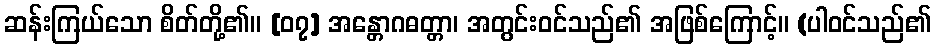
ဆန်းကြယ်သော စိတ်တို့၏။ [၀၇] အန္တောဂဓတ္တာ၊ အတွင်းဝင်သည်၏ အဖြစ်ကြောင့်။ (ပါဝင်သည်၏